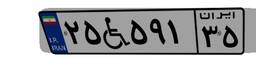
۶۵W۶۴۸۲۲